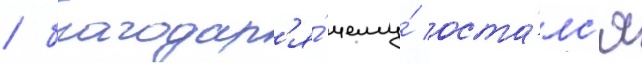
/ благодар'я́ чему́ оста́лс'я